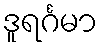
ဒူရင်္ဂမာ